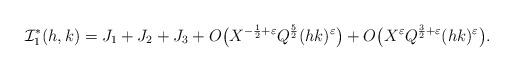
LaTeX: \begin{align*}\mathcal{I}_1^*(h,k) = J_1+J_2+J_3 + O\big( X^{-\frac{1}{2}+\varepsilon} Q^{\frac{5}{2}} (hk)^{\varepsilon}\big) + O\big( X^{\varepsilon} Q^{\frac{3}{2}+\varepsilon} (hk)^{\varepsilon}\big).\end{align*}